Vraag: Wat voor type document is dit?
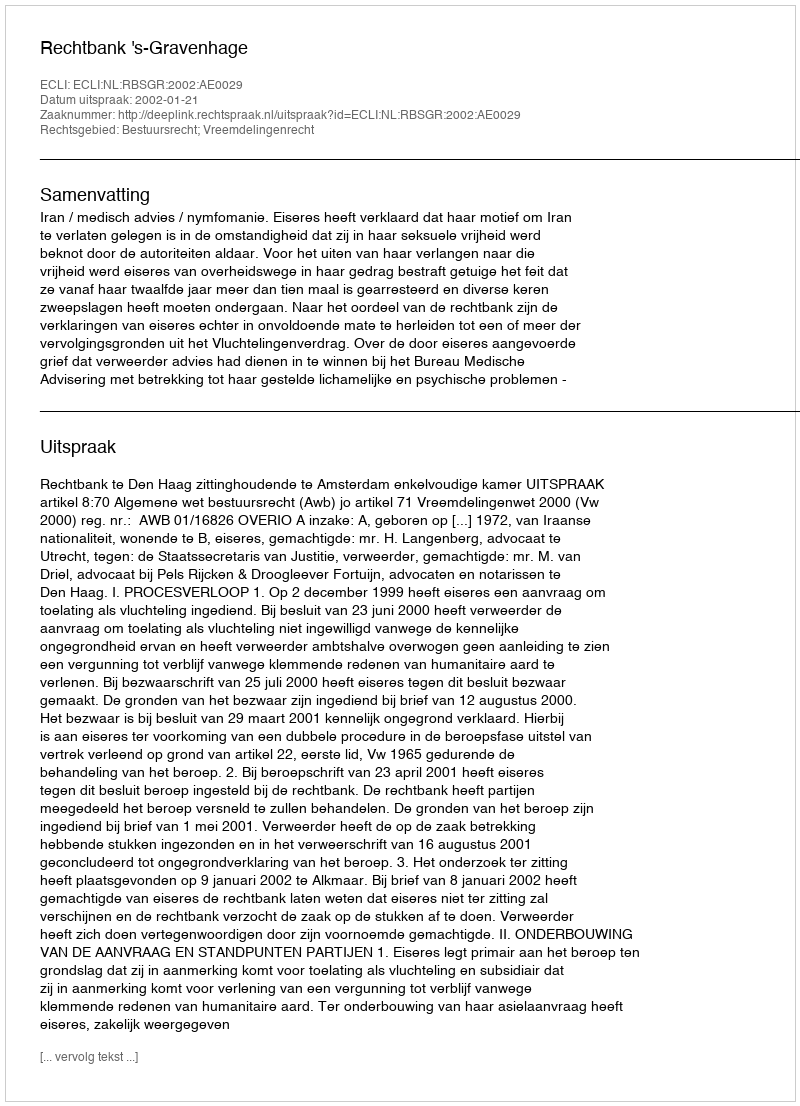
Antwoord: Uitspraak